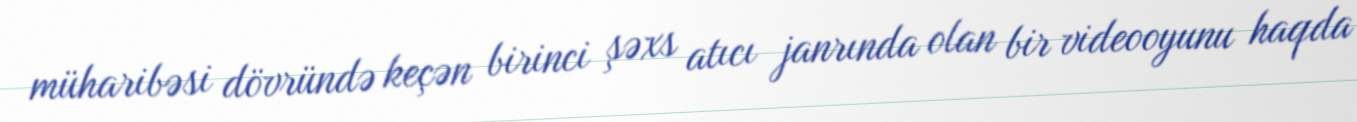
müharibəsi dövründə keçən birinci şəxs atıcı janrında olan bir videooyunu haqda